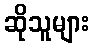
ဆိုသူများ